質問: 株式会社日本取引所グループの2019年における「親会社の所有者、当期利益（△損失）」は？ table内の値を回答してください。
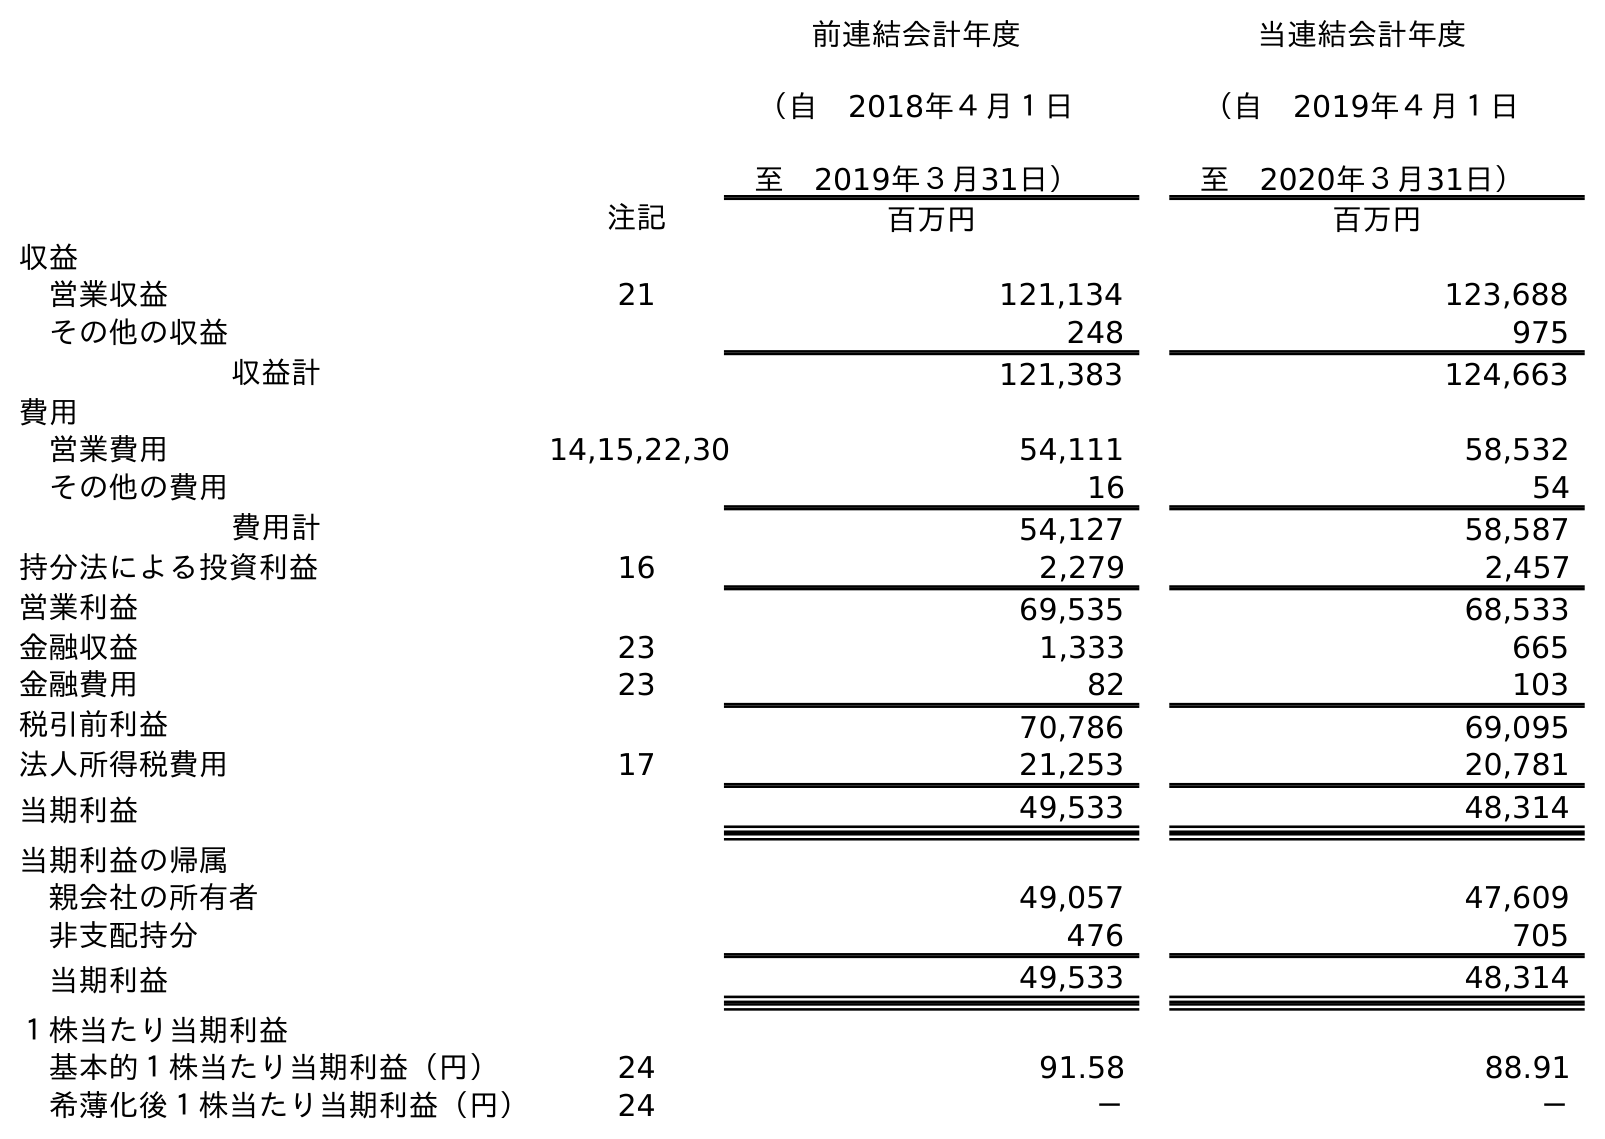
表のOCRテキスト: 前連結会計年度 （自 2018年４月１日 至 2019年３月31日） 当連結会計年度 （自 2019年４月１日 至 2020年３月31日） 注記 百万円 百万円 収益 営業収益 21 121,134 123,688 その他の収益 248 975 収益計 121,383 124,663 費用 営業費用 14,15,22,30 54,111 58,532 その他の費用 16 54 費用計 54,127 58,587 持分法による投資利益 16 2,279 2,457 営業利益 69,535 68,533 金融収益 23 1,333 665 金融費用 23 82 103 税引前利益 70,786 69,095 法人所得税費用 17 21,253 20,781 当期利益 49,533 48,314 当期利益の帰属 親会社の所有者 49,057 47,609 非支配持分 476 705 当期利益 49,533 48,314 １株当たり当期利益 基本的１株当たり当期利益（円） 24 91.58 88.91 希薄化後１株当たり当期利益（円） 24 － －
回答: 49,057